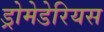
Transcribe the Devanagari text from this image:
ड्रोमेडेरियस